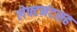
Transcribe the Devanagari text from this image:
लेफ्टनंटसह